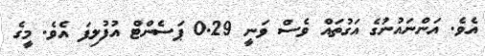
އެވެ. އަންނައުނުގެ އަގުތައް ވެސް ވަނީ 0.29 ޕަސެންޓް އުފުލިފަ އެވެ. މީގެ